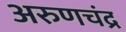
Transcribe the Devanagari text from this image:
अरुणचंद्र